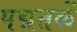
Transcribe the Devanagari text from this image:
पद्मतळें